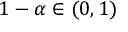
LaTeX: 1 - \alpha \in ( 0 , 1 )